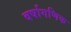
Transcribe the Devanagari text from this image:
वर्षागणिक